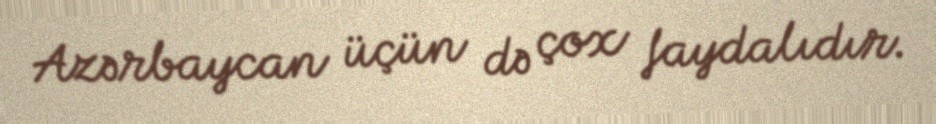
Azərbaycan üçün də çox faydalıdır.